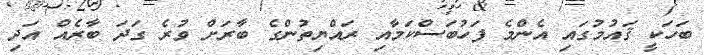
ބަހަކީ ޤައުމުގައި އެންމެ ފަހުބަސްކަމާއި ރައްޔިތުންގެ ބާރަށް ވުރެ ގަދަ ބާރެއް އަދި